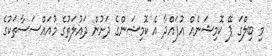
މި ބިލްގަ ޕޭ ކޮމިޝަނެއް އުފައްދާ އެ ކޮމިޝަންގެ ދަށުން ދައުލަތުގެ މުއައްސަސާތަކުގެ